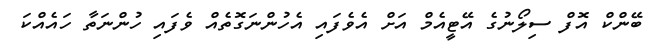
ބޭންކް އޮފް ސިލޯނުގެ އޭޓީއެމް އަށް އެވެފައި އެހުންނަގޮތެއް ވެފައި ހުންނަތާ ހައެއްކަ